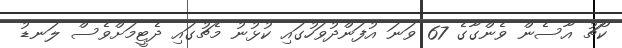
ކޯޗު އާސެން ވެންގާގެ 67 ވަނަ އުފަންދުވަހުގައި ކުޅުނު މެޗުގައި ދެޓީމަށްވެސް ލަނޑު